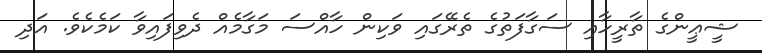
ޝީޢީންގެ ތާރީހާއި ސަގާފަތުގެ ތެރޭގައި ވަކިން ހާއްސަ މަގާމެއް ދެވިފައިވާ ކަމެކެވެ. އަދި